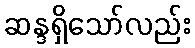
ဆန္ဒရှိသော်လည်း